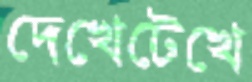
দেখেটেখে